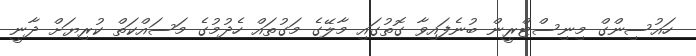
ހައުސިންގް މިނިސްޓްރީން ބުނެފައިވާ ގޮތުގައި މާލޭގެ މަގުތައް ހެދުމުގެ މަސައްކަތް ކުރިޔަށް ދާނީ